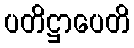
ပတိဋ္ဌာပေတိ